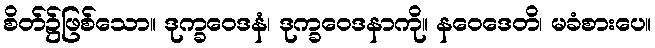
စိတ်၌ဖြစ်သော။ ဒုက္ခဝေဒနံ၊ ဒုက္ခဝေဒနာကို။ နဝေဒေတိ၊ မခံစားပေ။